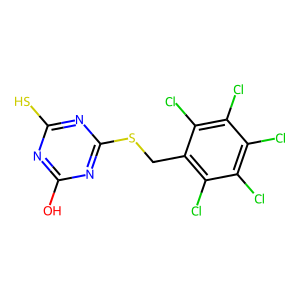
SMILES: Oc1nc(S)nc(SCc2c(Cl)c(Cl)c(Cl)c(Cl)c2Cl)n1
Inhibits HIV replication: No